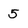
Character: 5